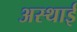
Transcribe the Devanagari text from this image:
अस्‍थाई